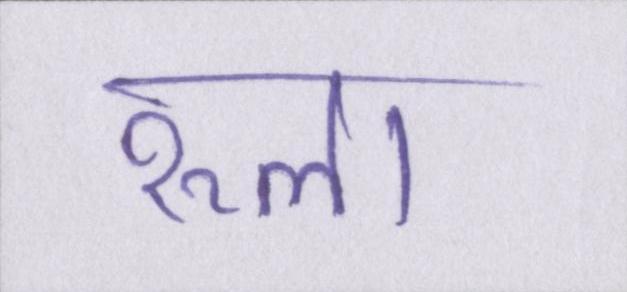
रूला